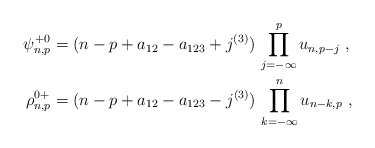
\begin{align*}\begin{aligned}\psi^{+0}_{n,p}&=(n-p+a_{12}-a_{123}+j^{(3)})\,\prod_{j=-\infty}^pu_{n,p-j}\ ,\\\rho^{0+}_{n,p}&=(n-p+a_{12}-a_{123}-j^{(3)})\,\prod_{k=-\infty}^nu_{n-k,p}\ ,\end{aligned}\end{align*}